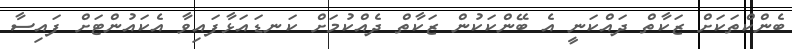
ބެންކްތަކަށް ޒަކާތް ދައްކަނީ އެ ބޭންކަކުން ޒަކާތް ދެއްކުމަށް ކަނޑައަޅާފައިވާ އެކައުންޓަށް ފައިސާ